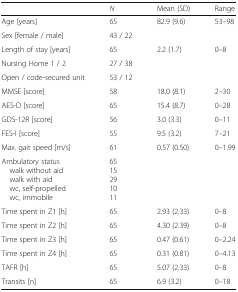
<table><thead><tr><td></td><td><b><i>N</i></b></td><td><b>Mean (SD)</b></td><td><b>Range</b></td></tr></thead><tbody><tr><td>Age [years]</td><td>65</td><td>82.9 (9.6)</td><td>53–98</td></tr><tr><td>Sex [female / male]</td><td>43 / 22</td><td></td><td></td></tr><tr><td>Length of stay [years]</td><td>65</td><td>2.2 (1.7)</td><td>0–8</td></tr><tr><td>Nursing Home 1 / 2</td><td>27 / 38</td><td></td><td></td></tr><tr><td>Open / code-secured unit</td><td>53 / 12</td><td></td><td></td></tr><tr><td>MMSE [score]</td><td>58</td><td>18.0 (8.1)</td><td>2–30</td></tr><tr><td>AES-D [score]</td><td>65</td><td>15.4 (8.7)</td><td>0–28</td></tr><tr><td>GDS-12R [score]</td><td>56</td><td>3.0 (3.3)</td><td>0–11</td></tr><tr><td>FES-I [score]</td><td>55</td><td>9.5 (3.2)</td><td>7–21</td></tr><tr><td>Max. gait speed [m/s]</td><td>61</td><td>0.57 (0.50)</td><td>0–1.99</td></tr><tr><td>Ambulatory status walk without aid walk with aid wc, self-propelled wc, immobile</td><td>6515291011</td><td></td><td></td></tr><tr><td>Time spent in Z1 [h]</td><td>65</td><td>2.93 (2.33)</td><td>0–8</td></tr><tr><td>Time spent in Z2 [h]</td><td>65</td><td>4.30 (2.39)</td><td>0–8</td></tr><tr><td>Time spent in Z3 [h]</td><td>65</td><td>0.47 (0.61)</td><td>0–2.24</td></tr><tr><td>Time spent in Z4 [h]</td><td>65</td><td>0.31 (0.81)</td><td>0–4.13</td></tr><tr><td>TAFR [h]</td><td>65</td><td>5.07 (2.33)</td><td>0–8</td></tr><tr><td>Transits [n]</td><td>65</td><td>6.9 (3.2)</td><td>0–18</td></tr></tbody></table>